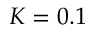
K = 0 . 1